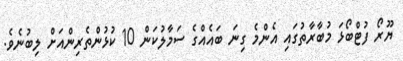
ޔޫރޯ ފުޓްބޯޅަ މުބާރާތުގައި އެންމެ ގިނަ ބައެއްގެ ސަމާލުކަން 10 ކުޅުންތެރިންއަށް ލިބުނެވެ.